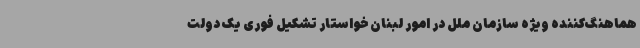
هماهنگ‌کننده ویژه سازمان ملل در امور لبنان خواستار تشکیل فوری یک دولت